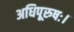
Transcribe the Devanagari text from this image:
अधिपूरुषः।